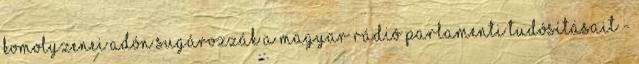
komolyzenei adón sugározzák a Magyar Rádió parlamenti tudósításait -